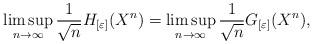
LaTeX: \begin{align*}\limsup_{n \rightarrow \infty} \frac{1}{ \sqrt{n}} H_{[\varepsilon]} (X^n) = \limsup_{n \rightarrow \infty} \frac{1}{ \sqrt{n}} G_{[\varepsilon]} (X^n),\end{align*}